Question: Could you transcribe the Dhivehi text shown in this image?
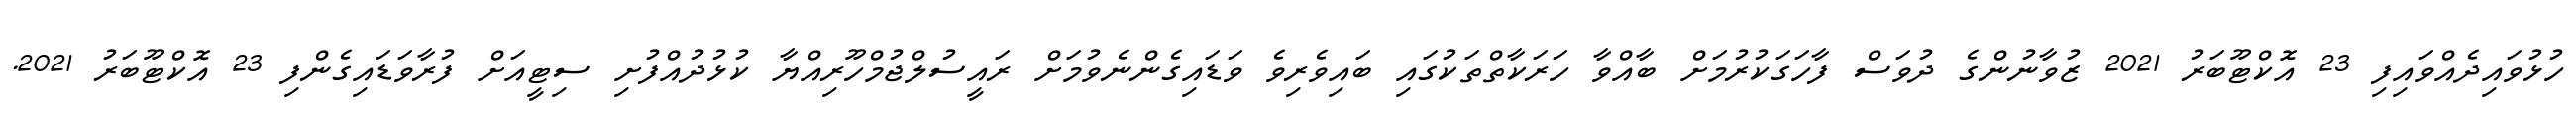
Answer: ހުޅުވައިދެއްވައިފި 23 އޮކްޓޫބަރު 2021 ޒުވާނުންގެ ދުވަސް ފާހަގަކުރުމަށް ބާއްވާ ހަރަކާތްތަކުގައި ބައިވެރިވެ ވަޑައިގެންނެވުމަށް ރައީސުލްޖުމްހޫރިއްޔާ ކުޅުދުއްފުށި ސިޓީއަށް ފުރާވަޑައިގެންފި 23 އޮކްޓޫބަރު 2021.